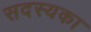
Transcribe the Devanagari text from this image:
सदस्यका